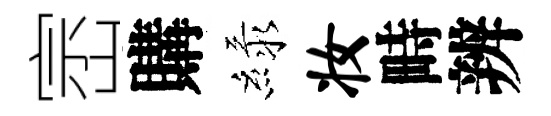
崈購緑妆畤辨